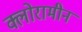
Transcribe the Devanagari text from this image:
क्लोरामीन